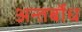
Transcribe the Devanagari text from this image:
अन्तर्बोध